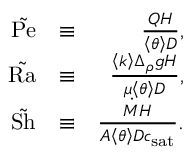
\begin{array} { r l r } { \tilde { \mathrm { P e } } } & { \equiv } & { \frac { Q H } { \left< \theta \right> D } , } \\ { \tilde { \mathrm { R a } } } & { \equiv } & { \frac { \left< k \right> \Delta _ { \rho } g H } { \mu \left< \theta \right> D } , } \\ { \tilde { \mathrm { S h } } } & { \equiv } & { \frac { \dot { M } H } { A \left< \theta \right> D c _ { \mathrm { s a t } } } . } \end{array}